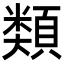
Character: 𩔖